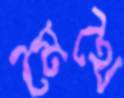
মৈথৈ